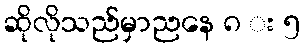
ဆိုလိုသည်မှာညနေ ၈ း ၅